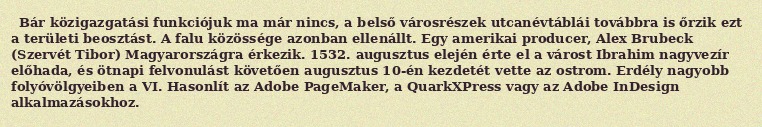
Bár közigazgatási funkciójuk ma már nincs, a belső városrészek utcanévtáblái továbbra is őrzik ezt a területi beosztást. A falu közössége azonban ellenállt. Egy amerikai producer, Alex Brubeck (Szervét Tibor) Magyarországra érkezik. 1532. augusztus elején érte el a várost Ibrahim nagyvezír előhada, és ötnapi felvonulást követően augusztus 10-én kezdetét vette az ostrom. Erdély nagyobb folyóvölgyeiben a VI. Hasonlít az Adobe PageMaker, a QuarkXPress vagy az Adobe InDesign alkalmazásokhoz.